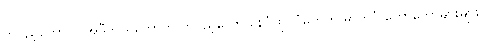
တပည့်တော်။ ။ အဲဒီကိုယ်တော်က တပည့်တော် နေပုံထိုင်ပုံတွေကို ဓာတ်ပုံ တော်တော်များများ